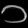
Digit: ၁